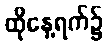
ထိုနေ့ရက်၌